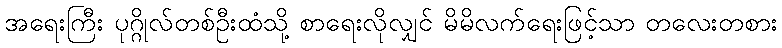
အရေးကြီး ပုဂ္ဂိုလ်တစ်ဦးထံသို့ စာရေးလိုလျှင် မိမိလက်ရေးဖြင့်သာ တလေးတစား